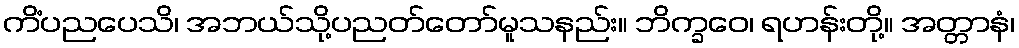
ကိံပညပေသိ၊ အဘယ်သို့ပညတ်တော်မူသနည်း။ ဘိက္ခဝေ၊ ရဟန်းတို့။ အတ္တာနံ၊